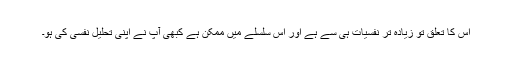
اس کا تعلق تو زیادہ تر نفسیات ہی سے ہے اور اس سلسلے میں ممکن ہے کبھی آپ نے اپنی تحلیل نفسی کی ہو۔